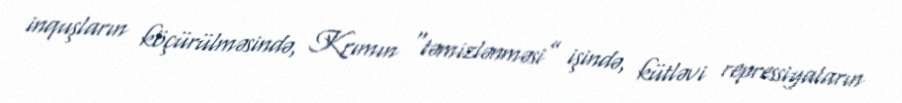
inquşların köçürülməsində, Krımın “təmizlənməsi” işində, kütləvi repressiyaların